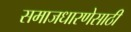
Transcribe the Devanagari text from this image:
समाजधारणेसाठी